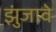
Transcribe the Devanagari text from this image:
झुंजावे